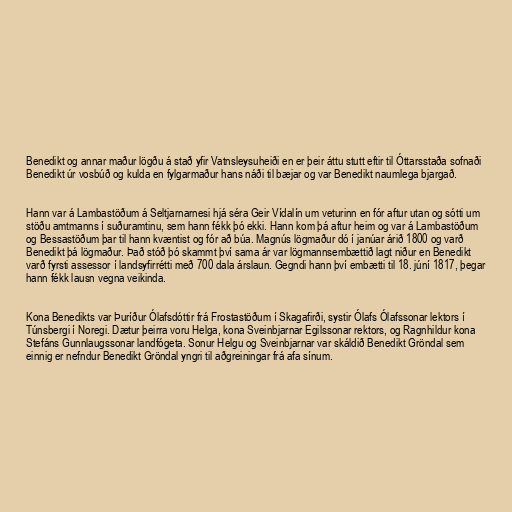
Benedikt og annar maður lögðu á stað yfir Vatnsleysuheiði en er þeir áttu stutt eftir til Óttarsstaða sofnaði
Benedikt úr vosbúð og kulda en fylgarmaður hans náði til bæjar og var Benedikt naumlega bjargað.

Hann var á Lambastöðum á Seltjarnarnesi hjá séra Geir Vídalín um veturinn en fór aftur utan og sótti um
stöðu amtmanns í suðuramtinu, sem hann fékk þó ekki. Hann kom þá aftur heim og var á Lambastöðum
og Bessastöðum þar til hann kvæntist og fór að búa. Magnús lögmaður dó í janúar árið 1800 og varð
Benedikt þá lögmaður. Það stóð þó skammt því sama ár var lögmannsembættið lagt niður en Benedikt
varð fyrsti assessor í landsyfirrétti með 700 dala árslaun. Gegndi hann því embætti til 18. júní 1817, þegar
hann fékk lausn vegna veikinda.

Kona Benedikts var Þuríður Ólafsdóttir frá Frostastöðum í Skagafirði, systir Ólafs Ólafssonar lektors í
Túnsbergi í Noregi. Dætur þeirra voru Helga, kona Sveinbjarnar Egilssonar rektors, og Ragnhildur kona
Stefáns Gunnlaugssonar landfógeta. Sonur Helgu og Sveinbjarnar var skáldið Benedikt Gröndal sem
einnig er nefndur Benedikt Gröndal yngri til aðgreiningar frá afa sínum.